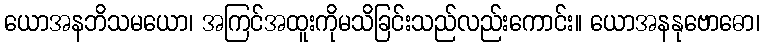
ယောအနဘိသမယော၊ အကြင်အထူးကိုမသိခြင်းသည်လည်းကောင်း။ ယောအနနုဗောဓော၊